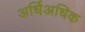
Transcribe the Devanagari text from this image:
अर्धिअधिक